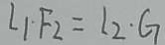
L _ { 1 } \cdot F _ { 2 } = L _ { 2 } \cdot G